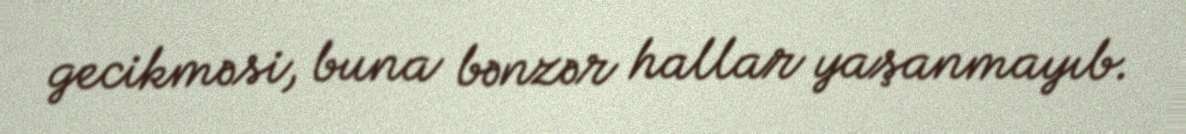
gecikməsi, buna bənzər hallar yaşanmayıb.